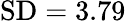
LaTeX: \mathrm{{SD}}=3.79